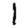
Digit: 1